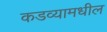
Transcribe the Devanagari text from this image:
कडव्यामधील